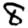
Digit: 8